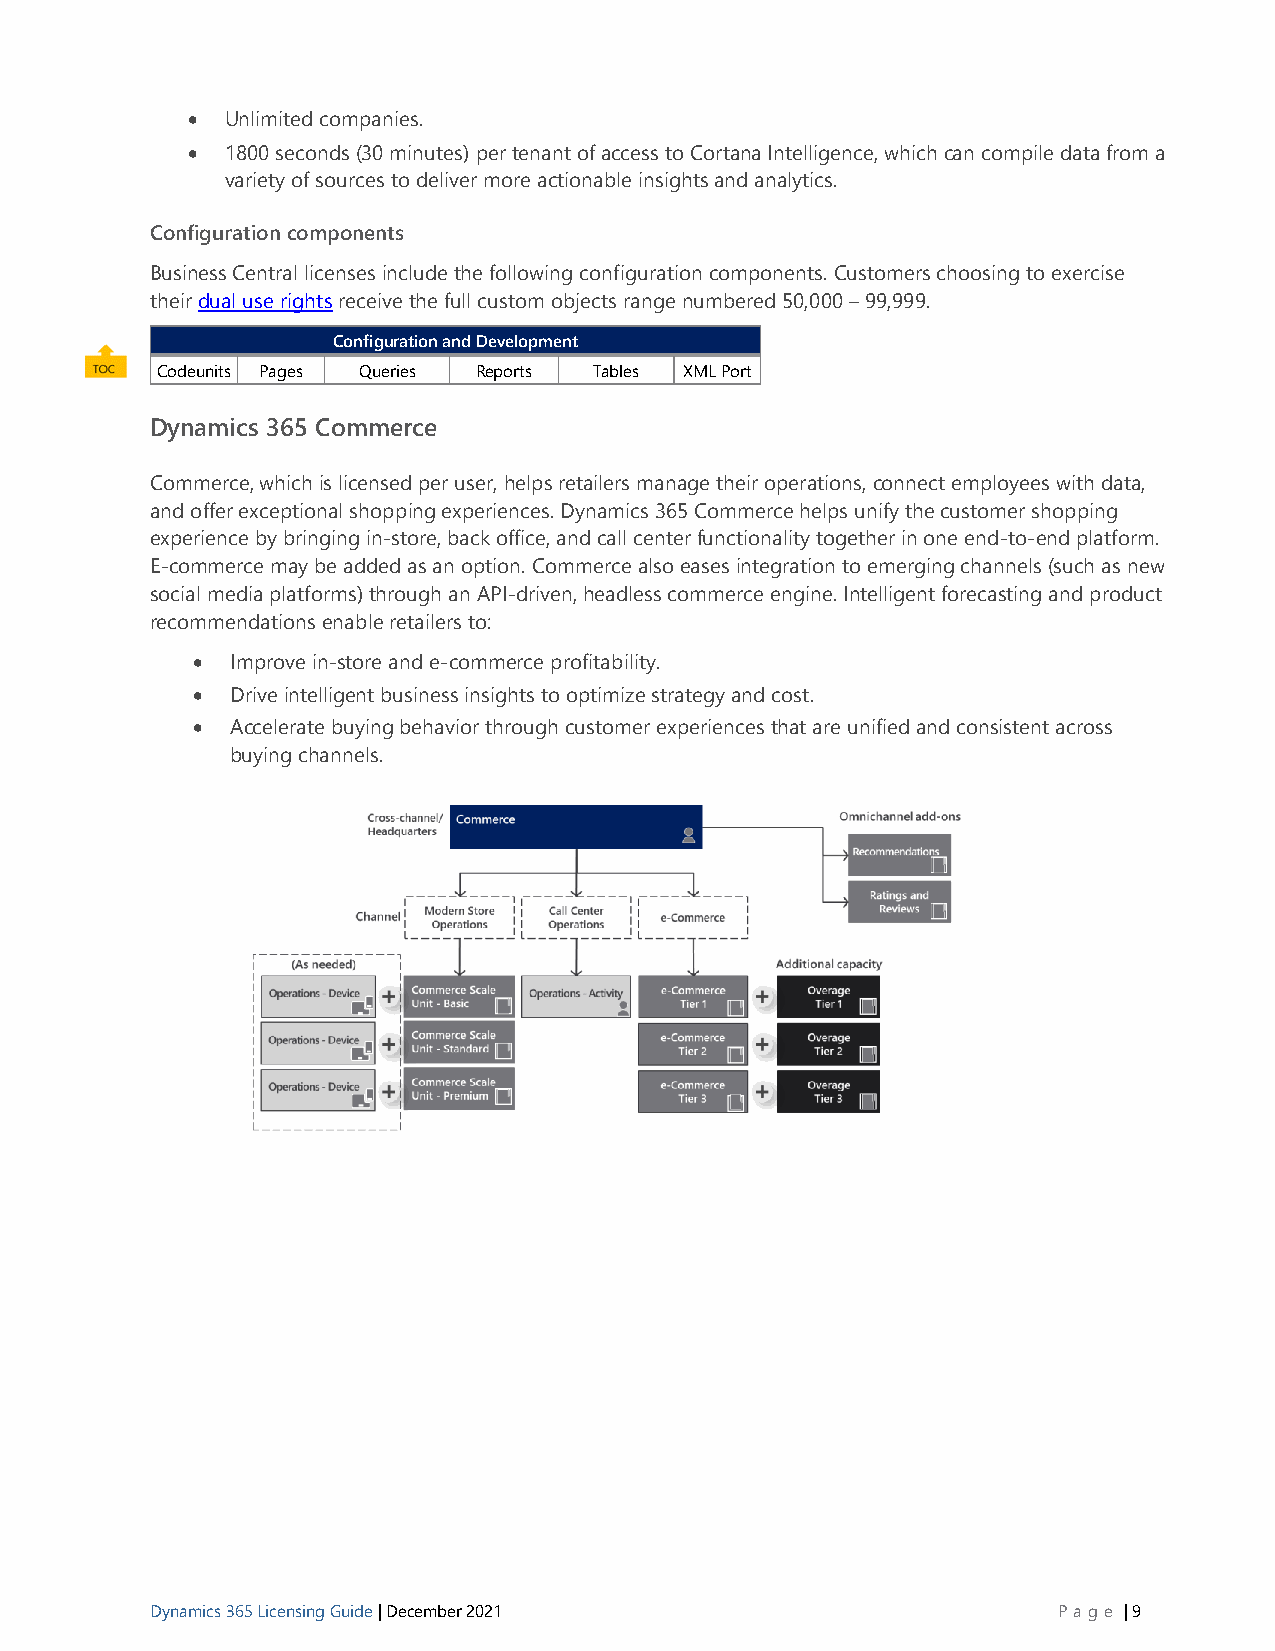
•  Unlimited companies.
 •  1800 seconds (30 minutes) per tenant of access to Cortana Intelligence, which can compile data from a
 variety of sources to deliver more actionable insights and analytics.
 Configuration components
 Business Central licenses include the following configuration components. Customers choosing to exercise
 their dual use rights receive the full custom objects range numbered 50,000 – 99,999.
 Configuration and Development
 Codeunits Pages Queries Reports Tables XML Port
 Dynamics 365 Commerce
 Commerce, which is licensed per user, helps retailers manage their operations, connect employees with data,
 and offer exceptional shopping experiences. Dynamics 365 Commerce helps unify the customer shopping
 experience by bringing in-store, back office, and call center functionality together in one end-to-end platform.
 E-commerce may be added as an option. Commerce also eases integration to emerging channels (such as new
 social media platforms) through an API-driven, headless commerce engine. Intelligent forecasting and product
 recommendations enable retailers to:
 • Improve in-store and e-commerce profitability.
 • Drive intelligent business insights to optimize strategy and cost.
 • Accelerate buying behavior through customer experiences that are unified and consistent across
 buying channels.
 Dynamics 365 Licensing Guide | December 2021                P age | 9